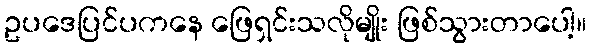
ဥပဒေပြင်ပကနေ ဖြေရှင်းသလိုမျိုး ဖြစ်သွားတာပေါ့။